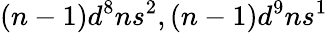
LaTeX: (n-1)d^{8}ns^{2},(n-1)d^{9}ns^{1}